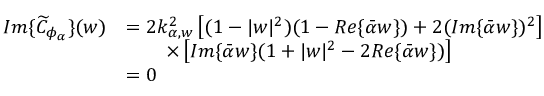
\begin{array} { r l } { I m \{ \widetilde { C } _ { \phi _ { \alpha } } \} ( w ) } & { = 2 k _ { \alpha , w } ^ { 2 } \left[ ( 1 - | w | ^ { 2 } ) ( 1 - R e \{ \bar { \alpha } w \} ) + 2 ( I m \{ \bar { \alpha } w \} ) ^ { 2 } \right] } \\ & { \qquad \times \left[ I m \{ \bar { \alpha } w \} ( 1 + | w | ^ { 2 } - 2 R e \{ \bar { \alpha } w \} ) \right] } \\ & { = 0 } \end{array}